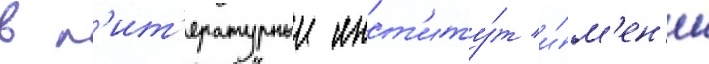
в л'ит'ературныи инст'иту́т и́м'ен'и